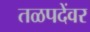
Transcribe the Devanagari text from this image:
तळपदेंवर